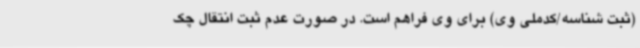
(ثبت شناسه‌/کدملی وی) ‌برای وی فراهم است. در صورت عدم ثبت انتقال چک